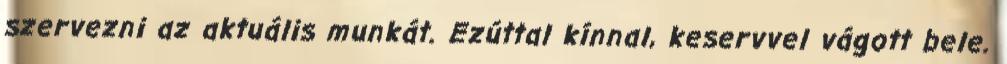
szervezni az aktuális munkát. Ezúttal kínnal, keservvel vágott bele.